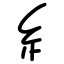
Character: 糹